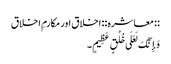
:: معاشره :: اخلاق اور مکارمِ اخلاق
وَإِنَّکَ لَعَلَی خُلُقٍ عَظِیمٍ۔